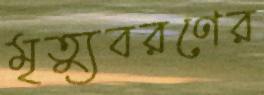
মৃত্যুবরণের